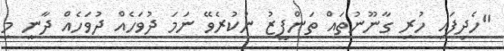
"ހެދިފައި ހުރި ގާނޫނުތައް ތަންފީޒު ނުކުރެވޭ ނަމަ ދުވަހެއް ދުވަހެއް ދާނީ މި